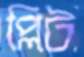
প্লিট